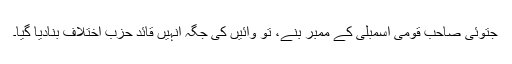
جتوئی صاحب قومی اسمبلی کے ممبر بنے، تو وائیں کی جگہ انہیں قائدِ حزبِ اختلاف بنادیا گیا۔